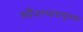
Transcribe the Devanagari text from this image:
सौजन्यतामूलक